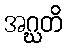
အဂ္ဃတိ